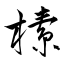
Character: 榡